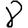
Digit: 8